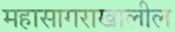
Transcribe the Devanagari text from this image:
महासागराखालील